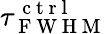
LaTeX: \tau_{\mathrm{~F~W~H~M~}}^{\mathrm{~c~t~r~l~}}